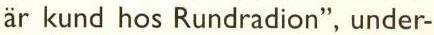
är kund hos Rundradion", under-